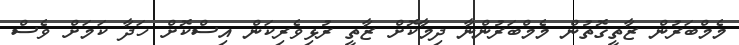
މެމްބަރުން ޒާތީގޮތުން މެމްބަރުންނާ ދިމާކޮށް ޒާތީ ރުޅިވެރިކަން އިސްކޮށް ހަދާ ކަމަށް ވެސް